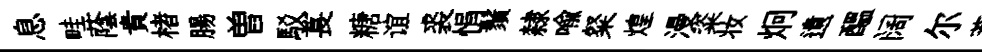
息畦蔭貴楮腸曽駁萇糖谊裘悁鬚隸喻粲煌漫粢妆炯遺醖阔尔莽